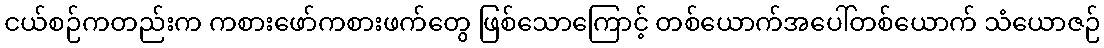
ငယ်စဉ်ကတည်းက ကစားဖော်ကစားဖက်တွေ ဖြစ်သောကြောင့် တစ်ယောက်အပေါ်တစ်ယောက် သံယောဇဉ်